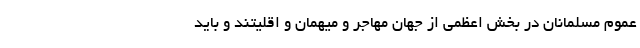
عموم مسلمانان در بخش اعظمی از جهان مهاجر و میهمان و اقلیتند و باید